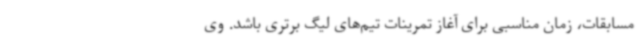
مسابقات، زمان مناسبی برای آغاز تمرینات تیم‌های لیگ برتری باشد. وی